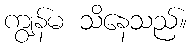
ကျွန်မ သိနေသည်။